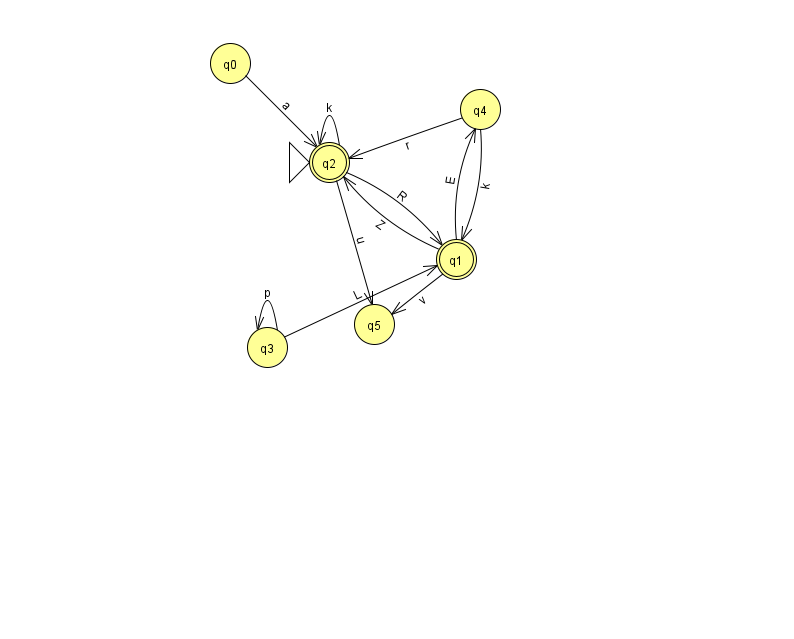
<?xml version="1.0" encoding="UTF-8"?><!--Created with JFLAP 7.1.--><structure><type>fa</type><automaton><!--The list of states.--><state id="0" name="q0"><x>230.0</x><y>50.0</y></state><state id="1" name="q1"><x>456.0</x><y>246.0</y><final/></state><state id="2" name="q2"><x>329.0</x><y>149.0</y><initial/><final/></state><state id="3" name="q3"><x>267.0</x><y>334.0</y></state><state id="4" name="q4"><x>480.0</x><y>96.0</y></state><state id="5" name="q5"><x>374.0</x><y>311.0</y></state><!--The list of transitions.--><transition><from>3</from><to>3</to><read>p</read></transition><transition><from>1</from><to>4</to><read>E</read></transition><transition><from>2</from><to>1</to><read>R</read></transition><transition><from>0</from><to>2</to><read>a</read></transition><transition><from>4</from><to>2</to><read>r</read></transition><transition><from>1</from><to>5</to><read>v</read></transition><transition><from>2</from><to>5</to><read>u</read></transition><transition><from>3</from><to>1</to><read>L</read></transition><transition><from>1</from><to>2</to><read>Z</read></transition><transition><from>2</from><to>2</to><read>k</read></transition><transition><from>4</from><to>1</to><read>k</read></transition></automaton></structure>